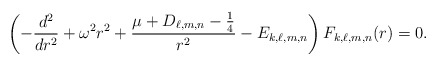
\begin{align*}\left( -\frac{d^{2}}{dr^{2}}+\omega ^{2}r^{2}+\frac{\mu +D_{\ell,m,n}-\frac{1}{4}}{r^{2}}-E_{k,\ell,m,n} \right) F_{k,\ell,m,n}(r)=0. \end{align*}